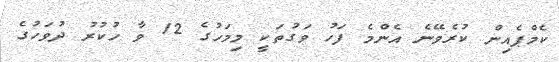
ކެމްޕެއިން ކުރެވޭނެ އެންމެ ފަހު ވަގުތަކީ މިމަހުގެ 12 ވާ ހުކުރު ދުވަހުގެ